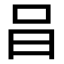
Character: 𠯭